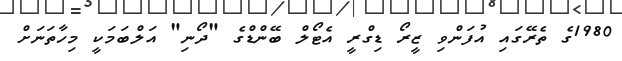
1980ގެ ތެރޭގައި އުފަންވި ޒީރޯ ޑިގްރީ އެޓޯލް ބޭންޑްގެ "ދޯނި" އަލްބަމަކީ މިހާތަނަށް